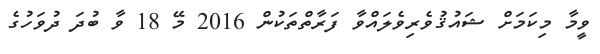
ވީމާ މިކަމަށް ޝައުޤުވެރިވެލައްވާ ފަރާތްތަކުން 2016 މޭ 18 ވާ ބުދަ ދުވަހުގެ